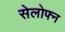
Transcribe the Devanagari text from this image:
सेलोफ्न